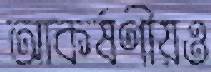
আকর্ষণীয়ও